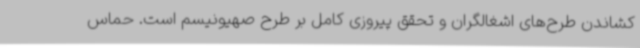
کشاندن طرح‌های اشغالگران و تحقق پیروزی کامل بر طرح صهیونیسم است. حماس